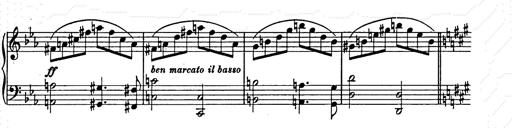
Title: Allegro di bravura
Composer: Carl Maria von Weber
Key: D major